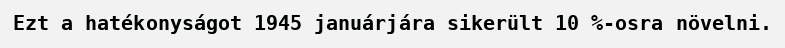
Ezt a hatékonyságot 1945 januárjára sikerült 10 %-osra növelni.